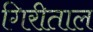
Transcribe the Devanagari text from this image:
गिरीताल